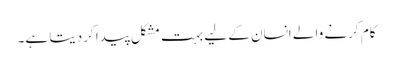
کام کرنے والے انسان کے لیے بہت مشکل پیدا کردیتا ہے۔